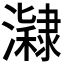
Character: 𤂰